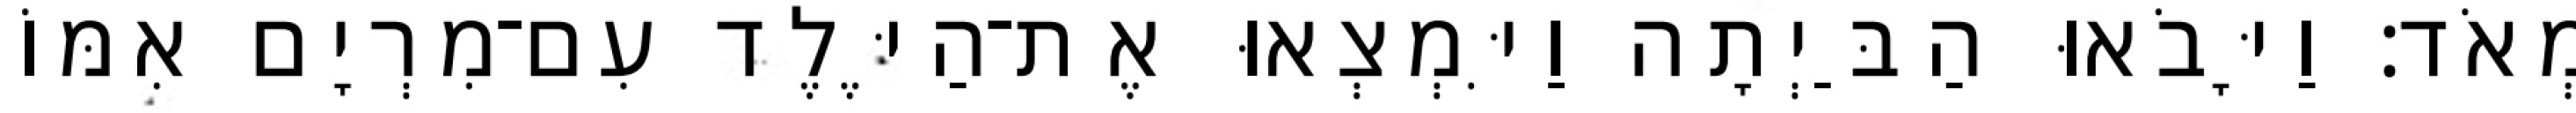
מְאֹד׃ וַיָּבֹאוּ הַבַּיְתָה וַיִּמְצְאוּ אֶת־הַיֶּלֶד עִם־מִרְיָם אִמּוֹ